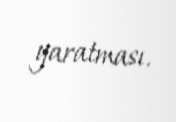
yaratması.